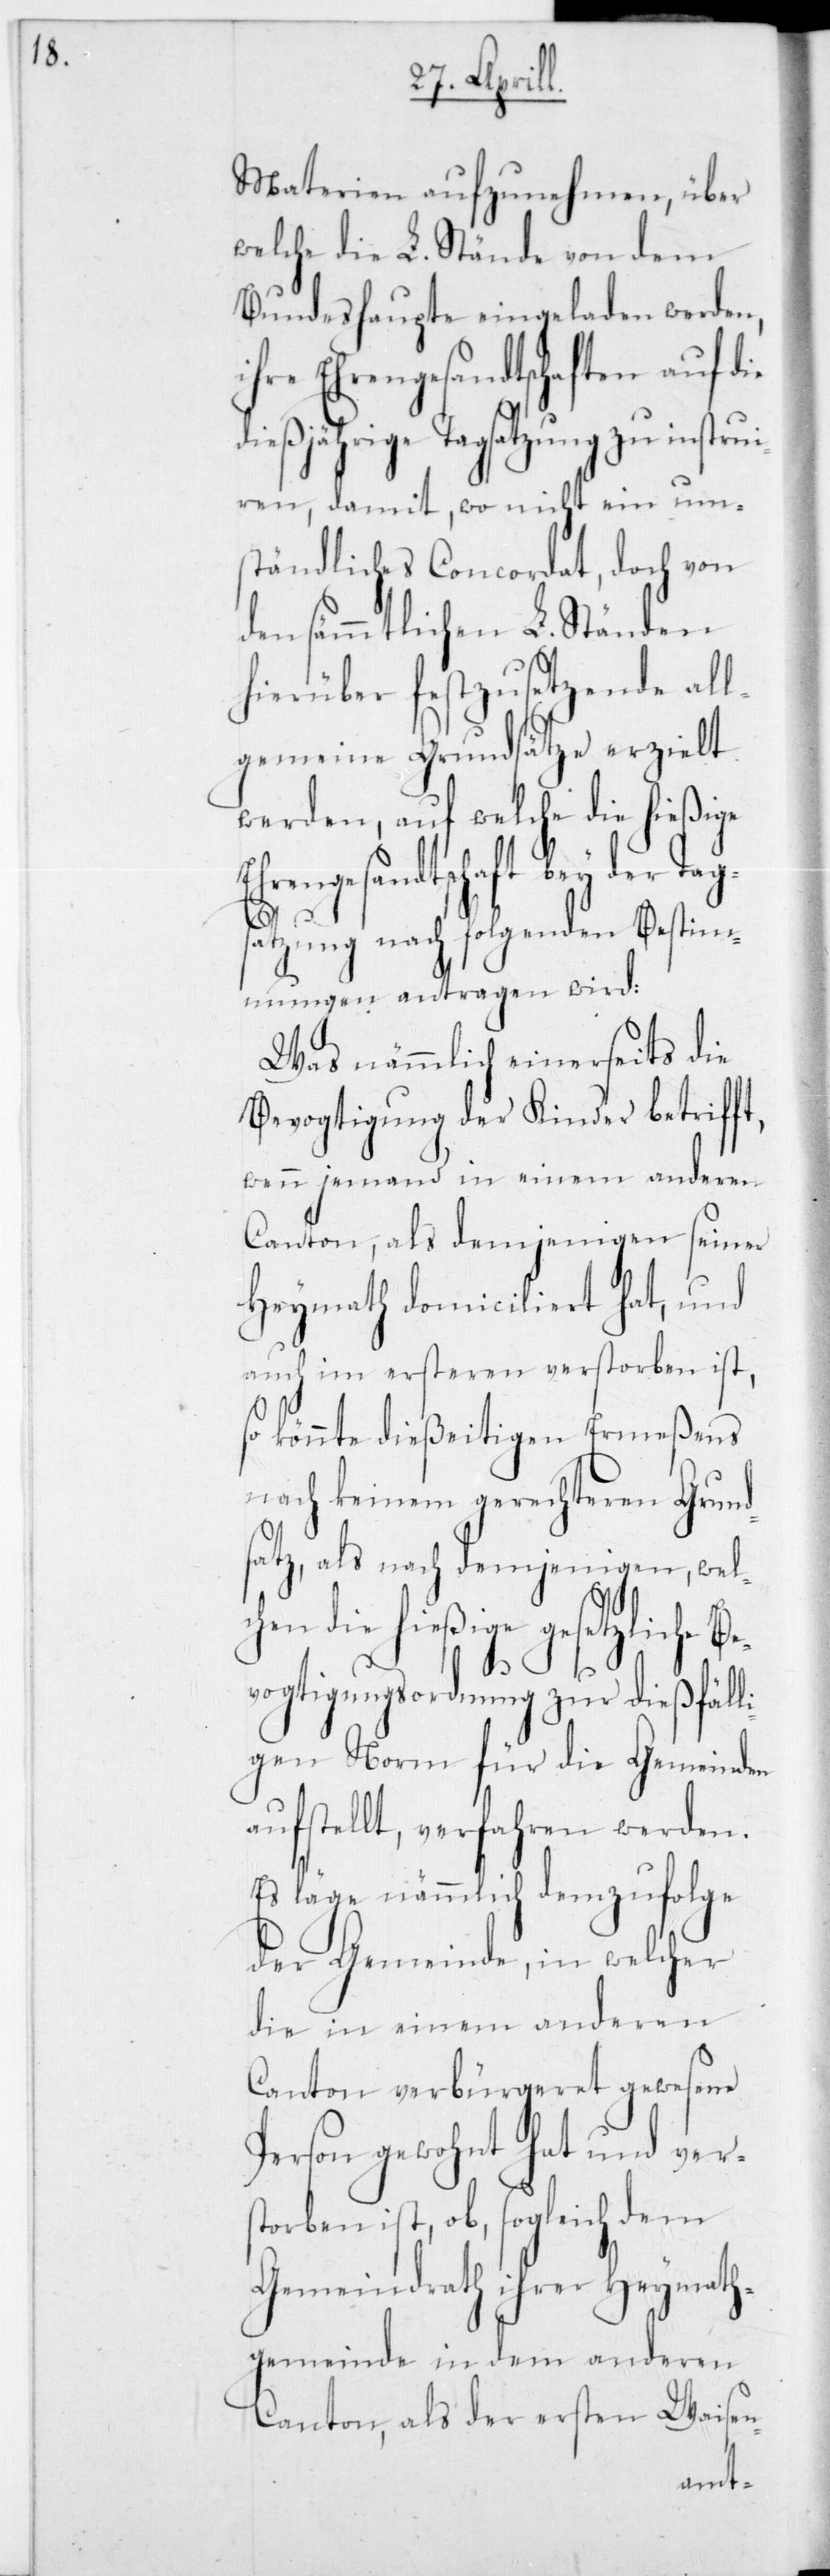
Materien aufzunehmen, über
welche die L. Stände von dem
Bundeshaupte eingeladen werden,
ihre Ehrengesandtschaften auf die
dießjährige Tagsatzung zu instru¬
ieren, damit, wo nicht ein um¬
ständliches Concordat, doch von
den sämmtlichen L. Ständen
hierüber festzusetzende al¬
lgemeine Grundsätze erzielt
werden, auf welche die hießige
Ehrengesandtschaft bey der Tag¬
satzung nach folgenden Bestim¬
mungen antragen wird:
Was nämmlich einerseits die
Bevogtigung der Kinder betrifft,
wenn jemand in einem anderen
Kanton, als demjenigen seiner
Heymath domiciliert hat, und
auch im ersteren verstorben ist,
so könnte dießeitigen Ermeßens
nach keinem gerechteren Grunds¬
atz, als nach demjenigen, wel¬
chen die hießige gesetzliche B¬
evogtigungsverordnung zur dießfäll¬
igen Norm für die Gemeinden
aufstellt, verfahren werden.
Es läge nämmlich demzufolge
der Gemeinde, in welcher
die in einem anderen
Canton verbürgeret gewesene
Person gewohnt hat und vers¬
torben ist, ob, sogleich dem
Gemeindrath ihrer Heymath¬
gemeinde in dem anderen
Canton, als der ersten Waisen-